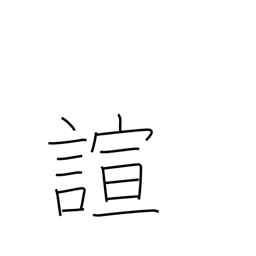
Meaning: forget